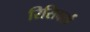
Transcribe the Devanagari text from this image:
रिसिवर्स